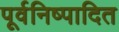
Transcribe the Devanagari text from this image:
पूर्वनिष्पादित